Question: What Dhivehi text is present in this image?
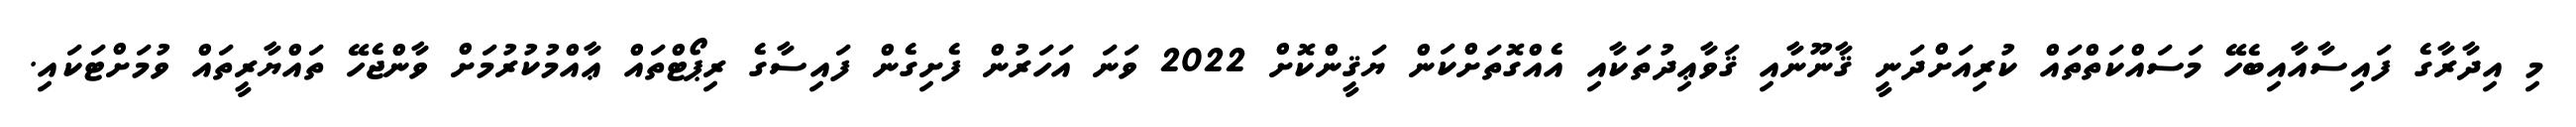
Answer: މި އިދާރާގެ ފައިސާއާއިބެހޭ މަސައްކަތްތައް ކުރިއަށްދަނީ ޤާނޫނާއި ޤަވާޢިދުތަކާއި އެއްގޮތަށްކަން ޔަޤީންކޮށް 2022 ވަނަ އަހަރުން ފެށިގެން ފައިސާގެ ރިޕޯޓްތައް ޢާއްމުކުރުމަށް ވާންޖެހޭ ތައްޔާރީތައް ވުމަށްޓަކައި.